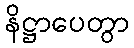
နိဋ္ဌာပေတွာ